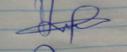
Signature authenticity: genuine